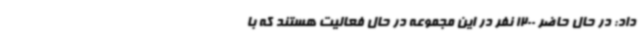
داد: در حال حاضر 1200 نفر در این مجموعه در حال فعالیت هستند که با